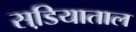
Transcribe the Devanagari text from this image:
सडि़याताल